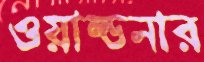
ওয়াল্ডনার